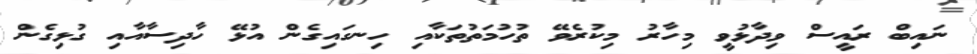
ނައިބް ރައީސް ވިދާޅުވީ މިހާރު މިކުރެވޭ ތުހުމަތުތަކާއި ހިނގައިގެން އުޅޭ ހާދިސާއާއި ގުޅިގެން